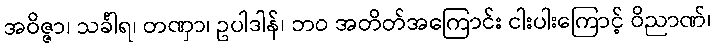
အဝိဇ္ဇာ၊ သင်္ခါရ၊ တဏှာ၊ ဥပါဒါန်၊ ဘဝ အတိတ်အကြောင်း ငါးပါးကြောင့် ဝိညာဏ်၊